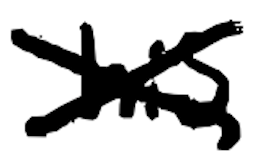
Text: his
Cross-out: cross
Writing tool: digital_black